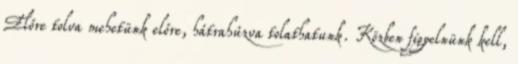
Előre tolva mehetünk előre, hátrahúzva tolathatunk. Közben figyelnünk kell,